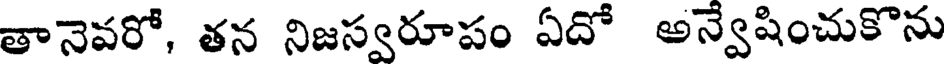
తానెవరో, తన నిజస్వరూపం ఏదో అన్వేషించుకొను